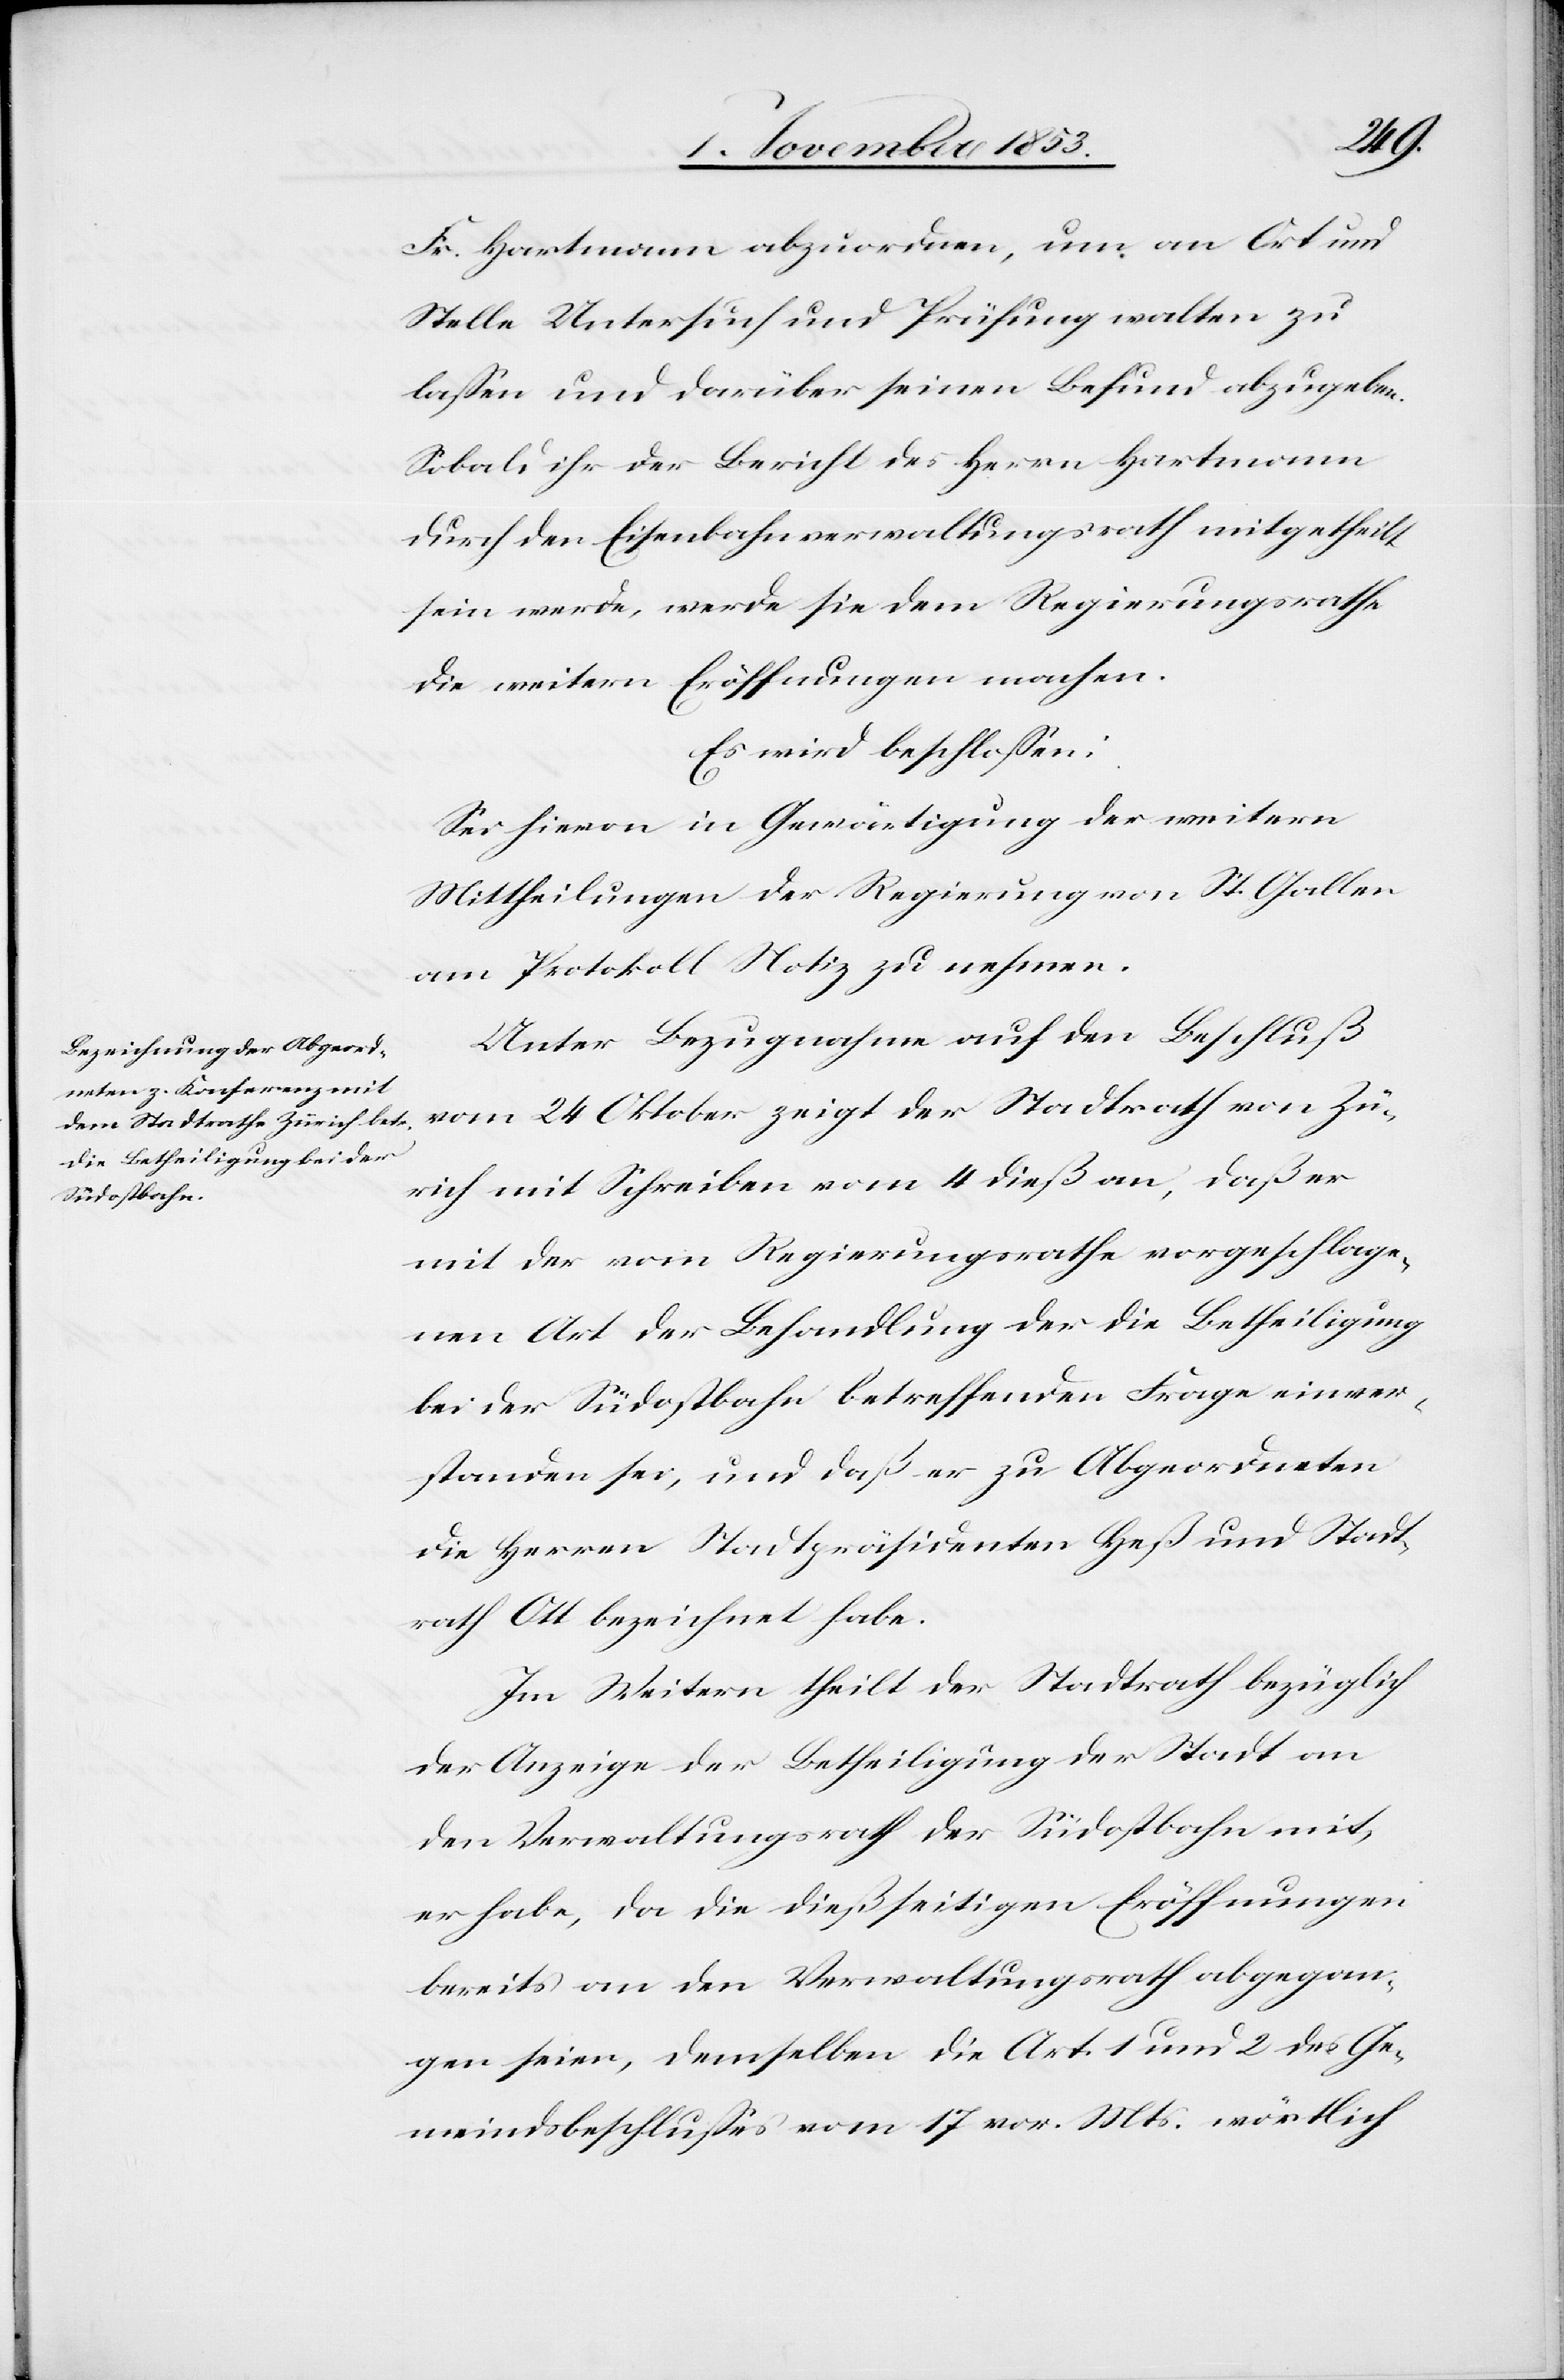
Fr. Hartmann abzuordnen, um an Ort und
Stelle Untersuch und Prüfung walten zu
laßen und darüber seinen Befund abzugeben.
Sobald ihr der Bericht des Herrn Hartmann
durch den Eisenbahnverwaltungsrath mitgetheilt
sein werde, werde sie dem Regierungsrathe
die weitern Eröffnungen machen.
Es wird beschloßen:
Sei hievon in Gewärtigung der weitern
Mittheilungen der Regierung von St. Gallen
am Protokoll Notiz zu nehmen.
Unter Bezugnahme auf den Beschluß
vom 24 Oktober zeigt der Stadtrath von Zü¬
rich mit Schreiben vom 4 dieß an, daß er
mit der vom Regierungsrathe vorgeschlage¬
nen Art der Behandlung der die Betheiligung
bei der Südostbahn betreffenden Frage einver¬
standen sei, und daß er zu Abgeordneten
die Herren Stadtpräsidenten Heß und Stadt¬
rath Ott bezeichnet habe.
Im Weitern theilt der Stadtrath bezüglich
der Anzeige der Betheiligung der Stadt an
den Verwaltungsrath der Südostbahn mit,
er habe, da die dießseitigen Eröffnungen
bereits an den Verwaltungsrath abgegan¬
gen seien, demselben die Art. 1 und 2 des Ge¬
meindsbeschlußes vom 17 vor. Mts. wörtlich